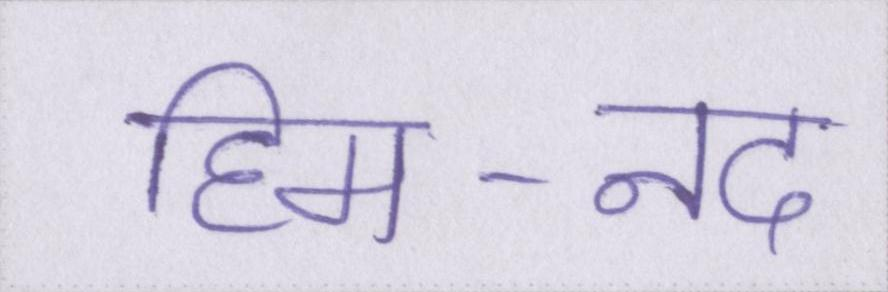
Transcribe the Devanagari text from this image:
हिम-नद